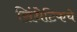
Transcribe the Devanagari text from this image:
सिंथेटिकचे